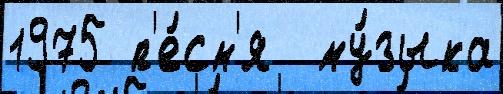
1975 п'е́сн'я  му́зыка